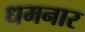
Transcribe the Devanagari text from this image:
धमनार